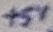
Text: R10